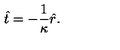
\hat { t } = - \frac { 1 } { \kappa } \hat { r } .